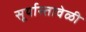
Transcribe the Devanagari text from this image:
सूर्यास्तावेळी